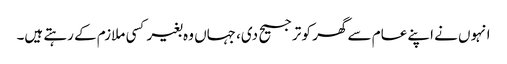
انہوں نے اپنے عام سے گھر کو ترجیح دی، جہاں وہ بغیر کسی ملازم کے رہتے ہیں۔